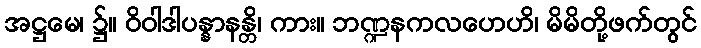
အဋ္ဌမေ၊ ၌။ ဝိဝါဒါပန္နာနန္တိ၊ ကား။ ဘဏ္ဍနကလဟေဟိ၊ မိမိတို့ဖက်တွင်